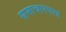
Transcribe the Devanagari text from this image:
समाचारपात्र